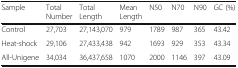
<table><thead><tr><td><b>Sample</b></td><td><b>Total Number</b></td><td><b>Total Length</b></td><td><b>Mean Length</b></td><td><b>N50</b></td><td><b>N70</b></td><td><b>N90</b></td><td><b>GC (%)</b></td></tr></thead><tbody><tr><td>Control</td><td>27,703</td><td>27,143,070</td><td>979</td><td>1789</td><td>987</td><td>365</td><td>43.42</td></tr><tr><td>Heat-shock</td><td>29,106</td><td>27,433,438</td><td>942</td><td>1693</td><td>929</td><td>353</td><td>43.34</td></tr><tr><td>All-Unigene</td><td>34,034</td><td>36,437,658</td><td>1070</td><td>2000</td><td>1146</td><td>397</td><td>43.09</td></tr></tbody></table>